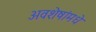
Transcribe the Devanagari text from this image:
अवशेषांमधे